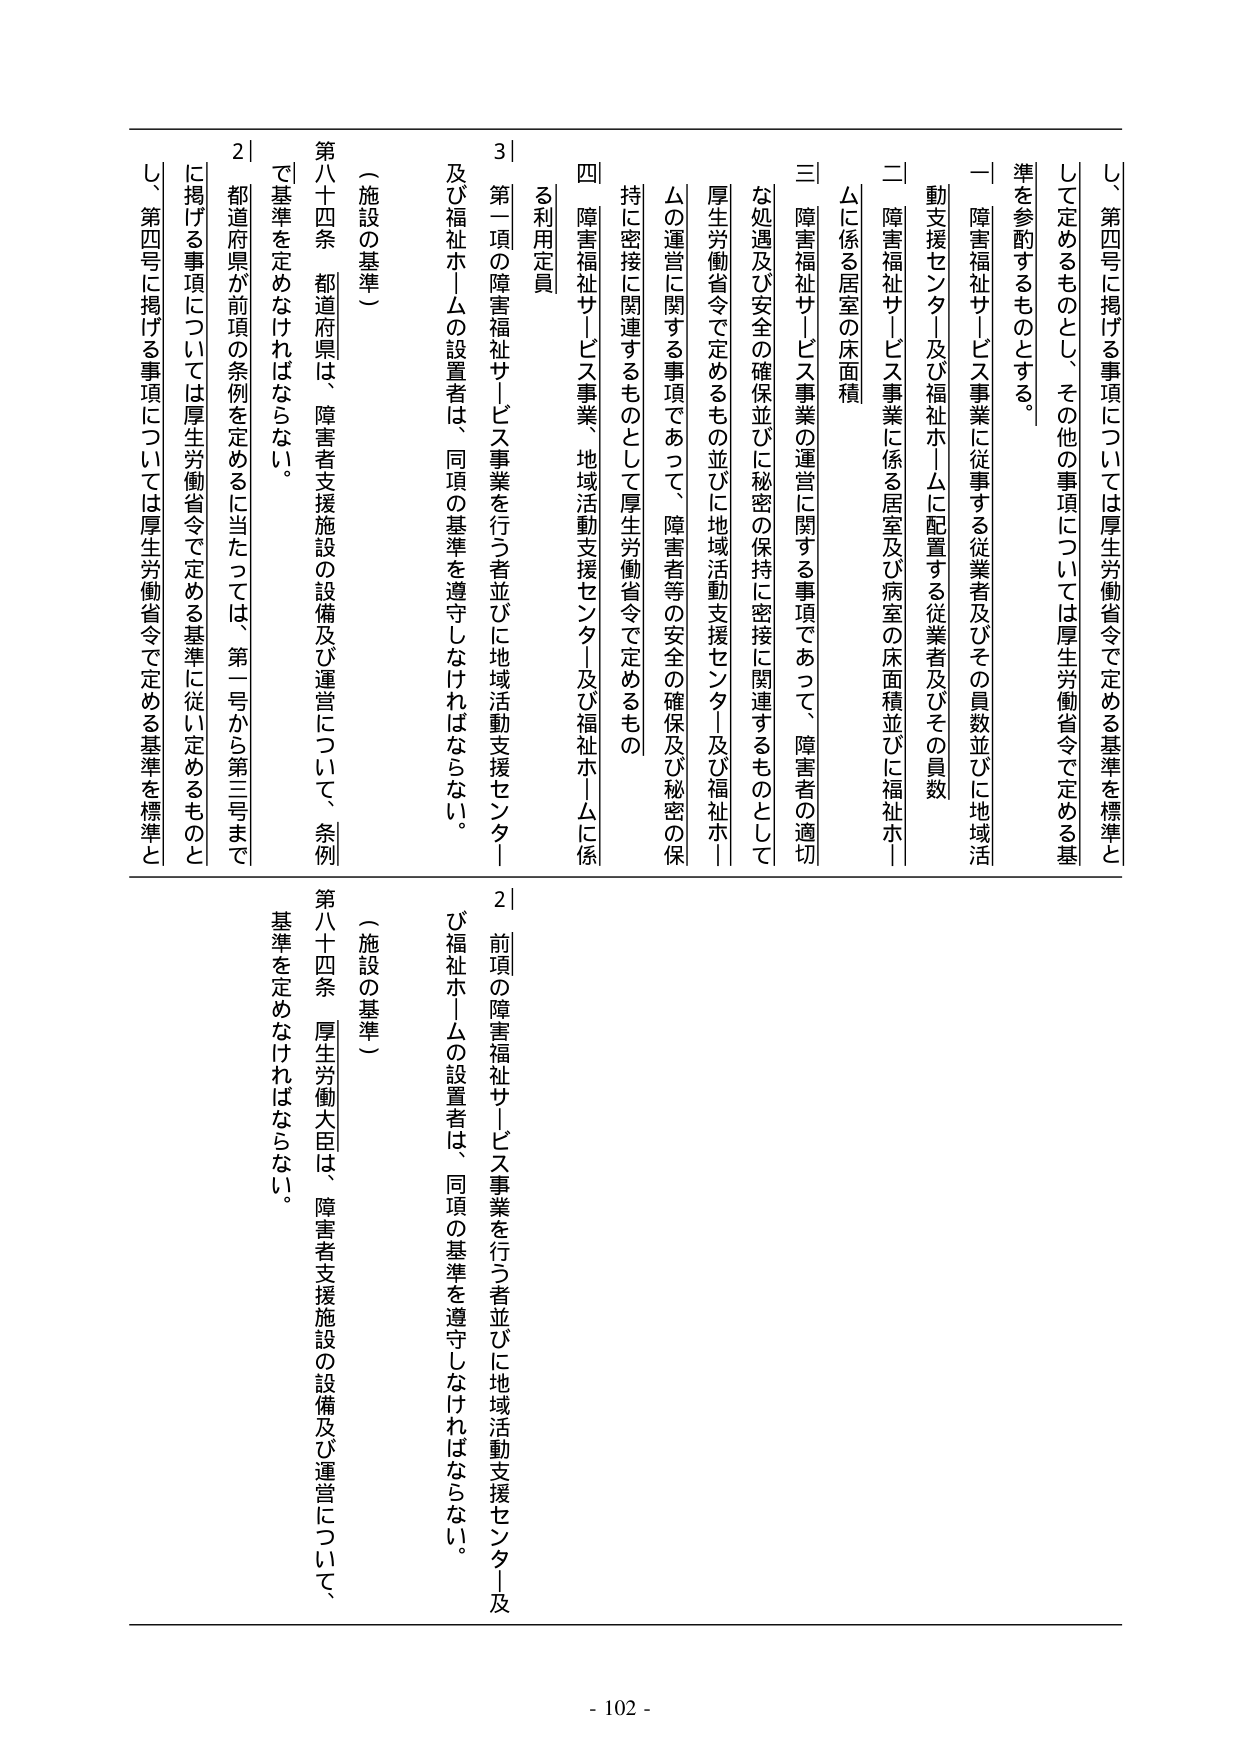
し、第四号に掲げる事項については厚生労働省令で定める基準を標準と
して定めるものとし、その他の事項については厚生労働省令で定める基
準を参酌するものとする。
一 障害福祉サービス事業に従事する従業者及びその員数並びに地域活
動支援センター及び福祉ホームに配置する従業者及びその員数
二 障害福祉サービス事業に係る居室及び病室の床面積並びに福祉ホー
ムに係る居室の床面積
三 障害福祉サービス事業の運営に関する事項であって、障害者の適切
な処遇及び安全の確保並びに秘密の保持に密接に関連するものとして
厚生労働省令で定めるもの並びに地域活動支援センター及び福祉ホー
ムの運営に関する事項であって、障害者等の安全の確保及び秘密の保
持に密接に関連するものとして厚生労働省令で定めるもの
四 障害福祉サービス事業、地域活動支援センター及び福祉ホームに係
る利用定員
3 第一項の障害福祉サービス事業を行う者並びに地域活動支援センター
及び福祉ホームの設置者は、同項の基準を遵守しなければならない。
（施設の基準）
第八十四条 都道府県は、障害者支援施設の設備及び運営について、条例
で基準を定めなければならない。
2 都道府県が前項の条例を定めるに当たっては、第一号から第三号まで
に掲げる事項については厚生労働省令で定める基準に従い定めるものと
し、第四号に掲げる事項については厚生労働省令で定める基準を標準と
（施設の基準）
第八十四条 厚生労働大臣は、障害者支援施設の設備及び運営について、
基準を定めなければならない。
2 前項の障害福祉サービス事業を行う者並びに地域活動支援センター及
び福祉ホームの設置者は、同項の基準を遵守しなければならない。
- 102 -